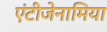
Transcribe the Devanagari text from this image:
एंटीजेनामिया